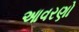
આવરણો